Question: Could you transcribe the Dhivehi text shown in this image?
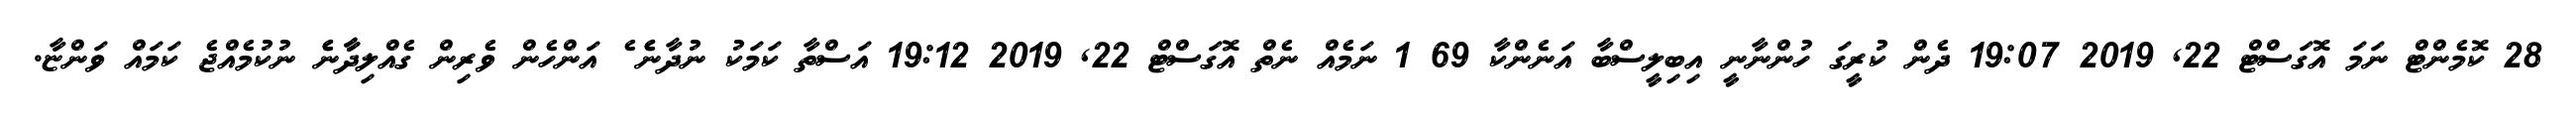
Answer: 28 ކޮމެންޓް ނަމަ އޮގަސްޓް 22, 2019 19:07 ދެން ކުރީގަ ހުންނާނީ އިބިލީސްބާ އަނެންކާ 69 1 ނަމެއް ނެތް އޮގަސްޓް 22, 2019 19:12 އަސްތާ ކަމަކު ނުދާނެެ ެ އަންހެން ވެރިން ގެއްލިދާާނެެ ނުކުމެއްޖެ ކަމައް ވަންޏާ.